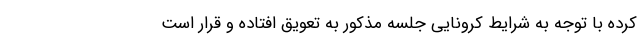
کرده با توجه به شرایط کرونایی جلسه مذکور به تعویق افتاده و قرار است